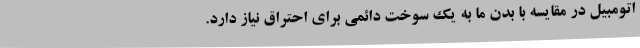
اتومبیل در مقایسه با بدن ما به یک سوخت دائمی برای احتراق نیاز دارد.